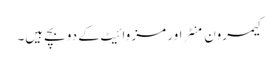
کیمرون منٹراور مز وائیٹ کے دو بچے ہیں۔